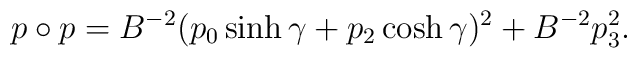
p\circ p = B^{-2}(p_0 \sinh \gamma +p_2 \cosh\gamma)^2 + B^{-2}p_3^2.